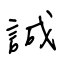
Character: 誠